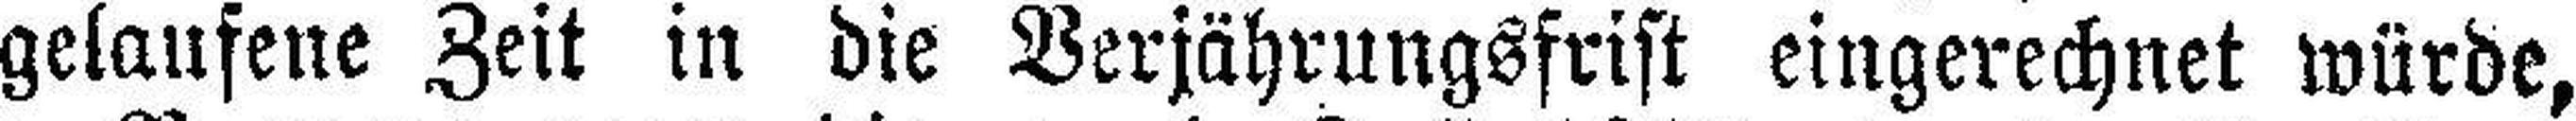
gelaufene Zeit in die Verjährungsfrist eingerechnet würde,